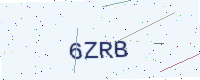
Text: 6ZRB